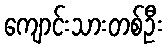
ကျောင်းသားတစ်ဦး